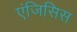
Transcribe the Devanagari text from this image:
एंजिसिस